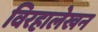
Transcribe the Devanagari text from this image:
विरहालेखन